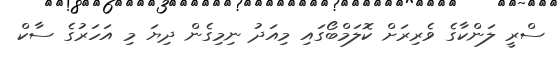
ސްރީ ލަންކާގެ ވެރިރަށް ކޮލަމްބޯގައި މިއަދު ނިމިގެން ދިޔަ މި އަހަރުގެ ސާކް